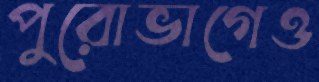
পুরোভাগেও